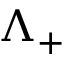
\Lambda _ { + }